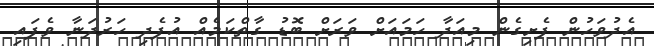
އެދުވަހުން ފެށިގެން މިއަދާ ހަމައަށް ވަރަށް ބޮޑު ގާތްކަމެއް އުފެދި ހަރުދަނާ ވެފައި